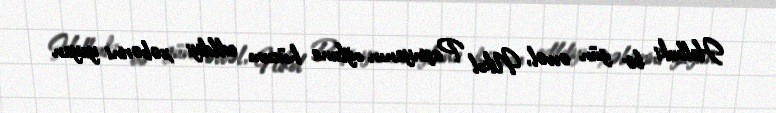
Halbuki bir gün əvvəl, Nikol Paşinyanın oğluna hücum edildiyi xəbərini yayan